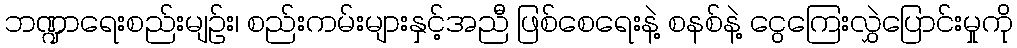
ဘဏ္ဍာရေးစည်းမျဉ်း၊ စည်းကမ်းများနှင့်အညီ ဖြစ်စေရေးနဲ့ စနစ်နဲ့ ငွေကြေးလွှဲပြောင်းမှုကို